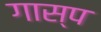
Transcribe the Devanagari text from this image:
गास्प